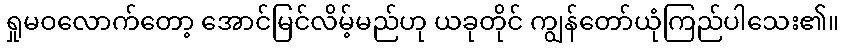
ရှုမဝလောက်တော့ အောင်မြင်လိမ့်မည်ဟု ယခုတိုင် ကျွန်တော်ယုံကြည်ပါသေး၏။